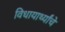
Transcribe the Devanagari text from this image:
विधायार्थ्यांचे